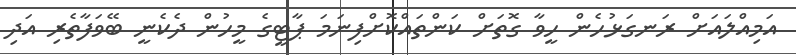
އަމިއްލައަށް ރަނގަޅުހެން ހީވާ ގޮތަށް ކަންތައްކޮށްފިނަމަ ޕާޓީގެ މީހުން ދެކެނީ ބޭވަފާތެރި އަދި